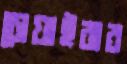
চোয়াইবার